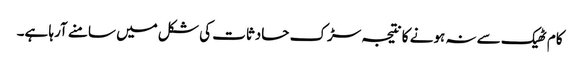
کام ٹھیک سے نہ ہونے کا نتیجہ سڑک حادثات کی شکل میں سامنے آرہا ہے۔